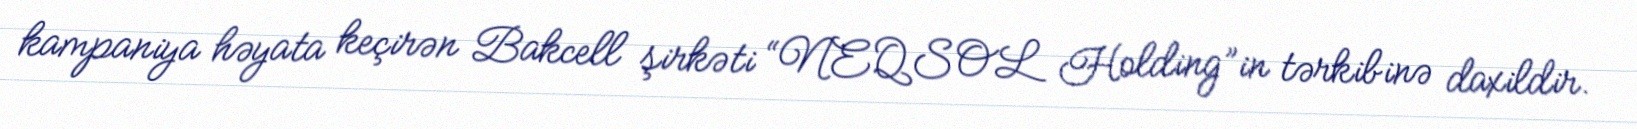
kampaniya həyata keçirən Bakcell şirkəti “NEQSOL Holding”in tərkibinə daxildir.